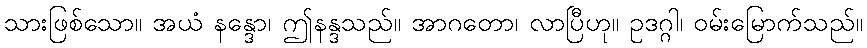
သားဖြစ်သော။ အယံ နန္ဒော၊ ဤနန္ဒသည်။ အာဂတော၊ လာပြီဟု။ ဥဒဂ္ဂါ၊ ဝမ်းမြောက်သည်။